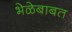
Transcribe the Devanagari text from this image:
भेळेबाबत